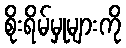
စိုးရိမ်မှုများကို